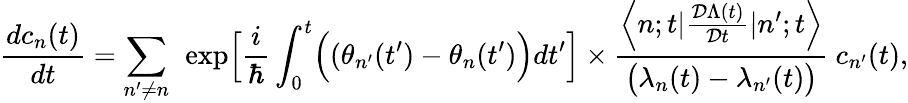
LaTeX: \frac{dc_{n}(t)}{dt}=\sum_{n^{\prime}\ne n}~\exp\Bigl[\frac{i}{\hbar}\int_{0}^{t}\Bigl((\theta_{n^{\prime}}(t^{\prime})-\theta_{n}(t^{\prime})\Bigr)dt^{\prime}\Bigr]\times\frac{\Bigl<n;t|\frac{{\cal D}\Lambda(t)}{{\cal D}t}|n^{\prime};t\Bigr>}{\bigl(\lambda_{n}(t)-\lambda_{n^{\prime}}(t)\bigr)}~c_{n^{\prime}}(t),